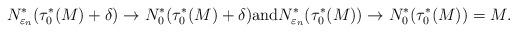
LaTeX: \begin{align*}N^*_{\varepsilon_n}(\tau_0^*(M)+\delta) \to N_0^*(\tau_0^*(M)+\delta) \mbox{and} N_{\varepsilon_n}^*(\tau_0^*(M)) \to N_0^*(\tau_0^*(M))=M.\end{align*}